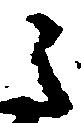
之